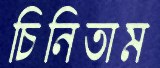
চিনিতাম